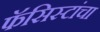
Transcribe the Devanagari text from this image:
फॅसिस्टांचा